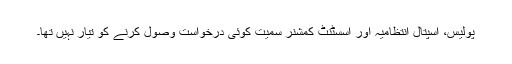
پولیس، اسپتال انتظامیہ اور اسسٹنٹ کمشنر سمیت کوئی درخواست وصول کرنے کو تیار نہیں تھا۔